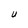
Character: U